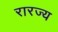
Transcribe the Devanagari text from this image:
रारज्य